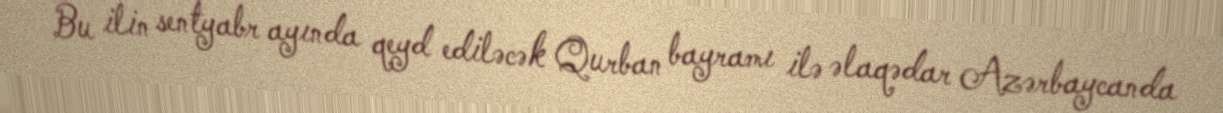
Bu ilin sentyabr ayında qeyd ediləcək Qurban bayramı ilə əlaqədar Azərbaycanda